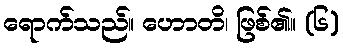
ရောက်သည်။ ဟောတိ၊ ဖြစ်၏။ (၆)